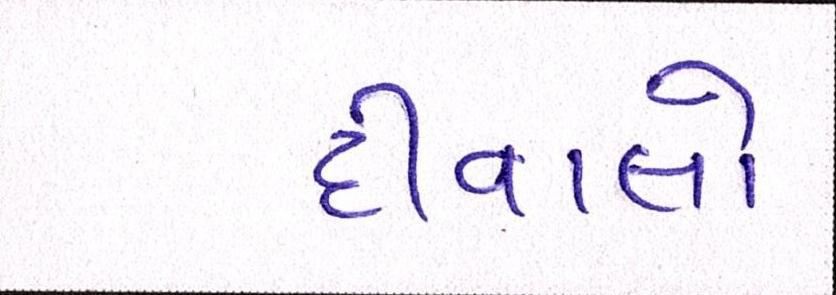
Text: દીવાલો